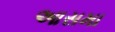
આસમા